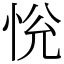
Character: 恱